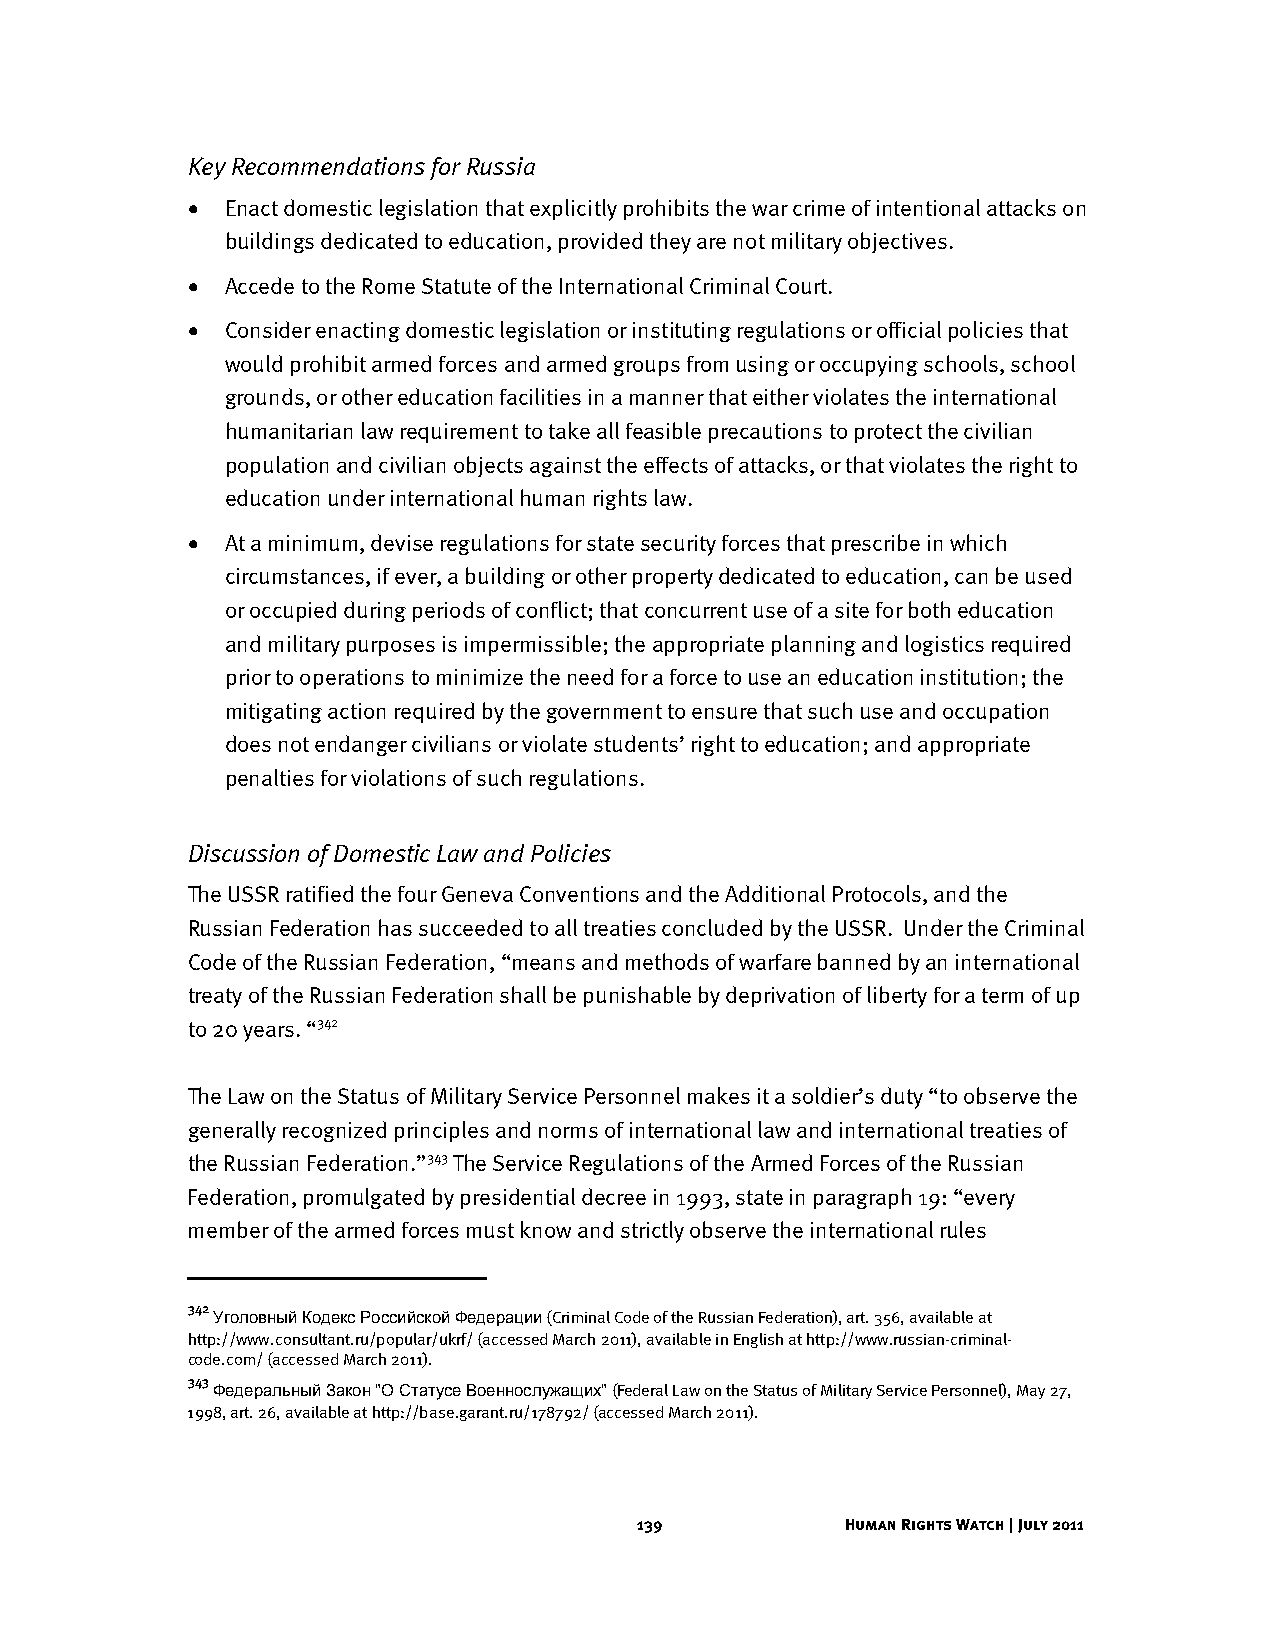
Key Recommendations for Russia
 •  Enact domestic legislation that explicitly prohibits the war crime of intentional attacks on
 buildings dedicated to education, provided they are not military objectives.
 •  Accede to the Rome Statute of the International Criminal Court.
 •  Consider enacting domestic legislation or instituting regulations or official policies that
 would prohibit armed forces and armed groups from using or occupying schools, school
 grounds, or other education facilities in a manner that either violates the international
 humanitarian law requirement to take all feasible precautions to protect the civilian
 population and civilian objects against the effects of attacks, or that violates the right to
 education under international human rights law.
 •  At a minimum, devise regulations for state security forces that prescribe in which
 circumstances, if ever, a building or other property dedicated to education, can be used
 or occupied during periods of conflict; that concurrent use of a site for both education
 and military purposes is impermissible; the appropriate planning and logistics required
 prior to operations to minimize the need for a force to use an education institution; the
 mitigating action required by the government to ensure that such use and occupation
 does not endanger civilians or violate students’ right to education; and appropriate
 penalties for violations of such regulations.
 Discussion of Domestic Law and Policies
 The USSR ratified the four Geneva Conventions and the Additional Protocols, and the
 Russian Federation has succeeded to all treaties concluded by the USSR. Under the Criminal
 Code of the Russian Federation, “means and methods of warfare banned by an international
 treaty of the Russian Federation shall be punishable by deprivation of liberty for a term of up
 to 20 years. “342
 The Law on the Status of Military Service Personnel makes it a soldier’s duty “to observe the
 generally recognized principles and norms of international law and international treaties of
 the Russian Federation.”343 The Service Regulations of the Armed Forces of the Russian
 Federation, promulgated by presidential decree in 1993, state in paragraph 19: “every
 member of the armed forces must know and strictly observe the international rules
 342
 Уголовный Кодекс Российской Федерации (Criminal Code of the Russian Federation), art. 356, available at
 http://www.consultant.ru/popular/ukrf/ (accessed March 2011), available in English at http://www.russian-criminal-
 code.com/ (accessed March 2011).
 343
 Федеральный Закон "О Статусе Военнослужащих" (Federal Law on the Status of Military Service Personnel), May 27,
 1998, art. 26, available at http://base.garant.ru/178792/ (accessed March 2011).
 139           Human Rights Watch | July 2011